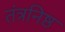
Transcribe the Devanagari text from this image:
तंत्रनिष्ठ